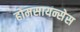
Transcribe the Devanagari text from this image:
होमसायन्सेस